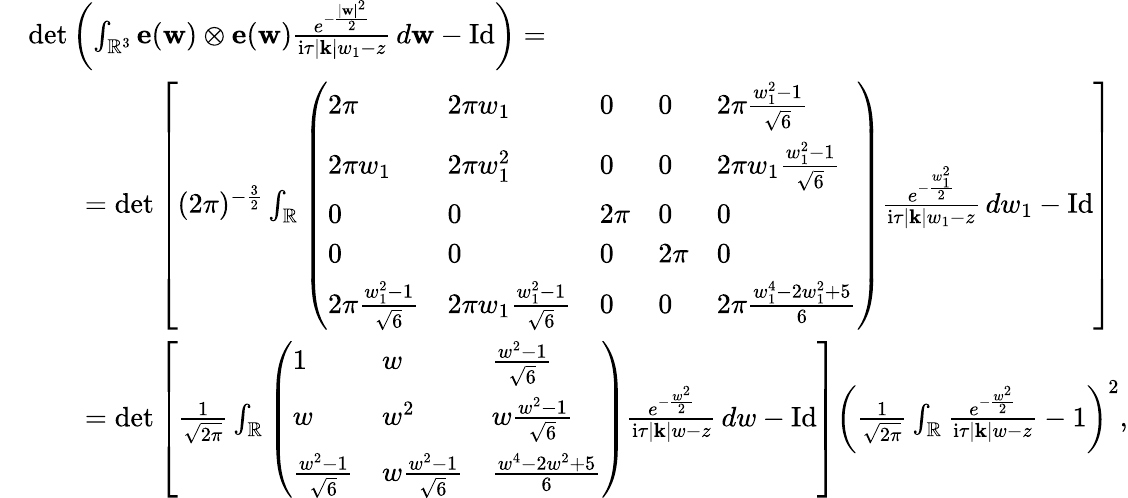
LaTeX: \begin{array}{rl}&{\operatorname*{det}\left(\int_{\mathbb{R}^{3}}\mathbf{e}(\mathbf{w})\otimes\mathbf{e}(\mathbf{w})\frac{e^{-\frac{|\mathbf{w}|^{2}}{2}}}{\mathrm{i}\tau|\mathbf{k}|w_{1}-z}\, d\mathbf{w}-\mathrm{Id}\right)=}\\ &{\qquad=\operatorname*{det}\left[(2\pi)^{-\frac{3}{2}}\int_{\mathbb{R}}\left(\begin{array}{lllll}{2\pi}&{2\pi w_{1}}&{0}&{0}&{2\pi\frac{w_{1}^{2}-1}{\sqrt{6}}}\\ {2\pi w_{1}}&{2\pi w_{1}^{2}}&{0}&{0}&{2\pi w_{1}\frac{w_{1}^{2}-1}{\sqrt{6}}}\\ {0}&{0}&{2\pi}&{0}&{0}\\ {0}&{0}&{0}&{2\pi}&{0}\\ {2\pi\frac{w_{1}^{2}-1}{\sqrt{6}}}&{2\pi w_{1}\frac{w_{1}^{2}-1}{\sqrt{6}}}&{0}&{0}&{2\pi\frac{w_{1}^{4}-2w_{1}^{2}+5}{6}}\end{array}\right)\frac{e^{-\frac{w_{1}^{2}}{2}}}{\mathrm{i}\tau|\mathbf{k}|w_{1}-z}\, dw_{1}-\mathrm{Id}\right]}\\ &{\qquad=\operatorname*{det}\left[\frac{1}{\sqrt{2\pi}}\int_{\mathbb{R}}\left(\begin{array}{lll}{1}&{w}&{\frac{w^{2}-1}{\sqrt{6}}}\\ {w}&{w^{2}}&{w\frac{w^{2}-1}{\sqrt{6}}}\\ {\frac{w^{2}-1}{\sqrt{6}}}&{w\frac{w^{2}-1}{\sqrt{6}}}&{\frac{w^{4}-2w^{2}+5}{6}}\end{array}\right)\frac{e^{-\frac{w^{2}}{2}}}{\mathrm{i}\tau|\mathbf{k}|w-z}\, dw-\mathrm{Id}\right]\left(\frac{1}{\sqrt{2\pi}}\int_{\mathbb{R}}\frac{e^{-\frac{w^{2}}{2}}}{\mathrm{i}\tau|\mathbf{k}|w-z}-1\right)^{2},}\end{array}